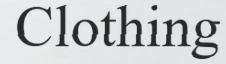
Clothing